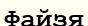
Файзя